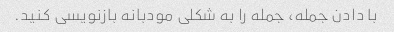
با دادن جمله، جمله را به شکلی مودبانه بازنویسی کنید.